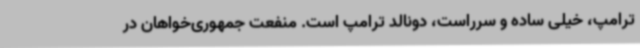
ترامپ، خیلی ساده و سرراست، دونالد ترامپ است. منفعت جمهوری‌خواهان در